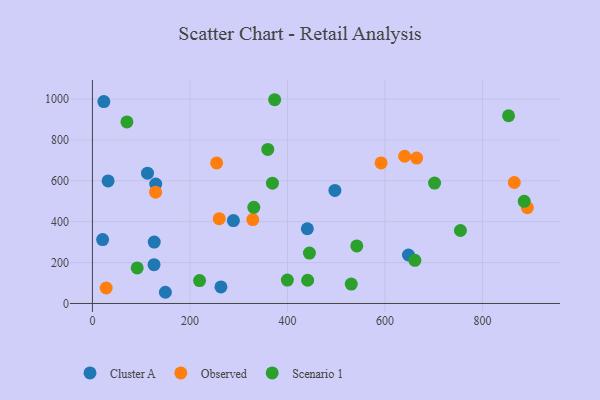
{"axis": {"x": "Investment", "y": "Rating"}, "legend": ["Cluster A", "Observed", "Scenario 1"], "data": [{"x": "648.0", "y": 237.0, "type": "Cluster A"}, {"x": "23.4", "y": 987.3, "type": "Cluster A"}, {"x": "126.3", "y": 189.9, "type": "Cluster A"}, {"x": "32.1", "y": 599.3, "type": "Cluster A"}, {"x": "289.1", "y": 405.4, "type": "Cluster A"}, {"x": "497.2", "y": 553.0, "type": "Cluster A"}, {"x": "149.6", "y": 54.8, "type": "Cluster A"}, {"x": "263.5", "y": 81.2, "type": "Cluster A"}, {"x": "112.9", "y": 637.0, "type": "Cluster A"}, {"x": "20.9", "y": 312.3, "type": "Cluster A"}, {"x": "129.8", "y": 584.2, "type": "Cluster A"}, {"x": "440.7", "y": 365.4, "type": "Cluster A"}, {"x": "126.7", "y": 300.1, "type": "Cluster A"}, {"x": "640.2", "y": 720.0, "type": "Observed"}, {"x": "891.9", "y": 468.4, "type": "Observed"}, {"x": "260.0", "y": 414.5, "type": "Observed"}, {"x": "129.5", "y": 544.1, "type": "Observed"}, {"x": "328.8", "y": 410.5, "type": "Observed"}, {"x": "254.7", "y": 687.1, "type": "Observed"}, {"x": "664.8", "y": 711.1, "type": "Observed"}, {"x": "865.1", "y": 591.5, "type": "Observed"}, {"x": "28.2", "y": 75.7, "type": "Observed"}, {"x": "591.9", "y": 687.2, "type": "Observed"}, {"x": "359.6", "y": 753.3, "type": "Scenario 1"}, {"x": "91.8", "y": 173.9, "type": "Scenario 1"}, {"x": "661.2", "y": 210.8, "type": "Scenario 1"}, {"x": "701.6", "y": 588.8, "type": "Scenario 1"}, {"x": "530.8", "y": 94.9, "type": "Scenario 1"}, {"x": "885.4", "y": 499.6, "type": "Scenario 1"}, {"x": "445.0", "y": 246.3, "type": "Scenario 1"}, {"x": "219.7", "y": 111.9, "type": "Scenario 1"}, {"x": "369.1", "y": 588.1, "type": "Scenario 1"}, {"x": "373.7", "y": 996.3, "type": "Scenario 1"}, {"x": "853.3", "y": 917.9, "type": "Scenario 1"}, {"x": "399.7", "y": 114.5, "type": "Scenario 1"}, {"x": "754.6", "y": 356.8, "type": "Scenario 1"}, {"x": "70.7", "y": 887.6, "type": "Scenario 1"}, {"x": "542.1", "y": 281.2, "type": "Scenario 1"}, {"x": "330.9", "y": 470.1, "type": "Scenario 1"}, {"x": "441.3", "y": 113.5, "type": "Scenario 1"}]}